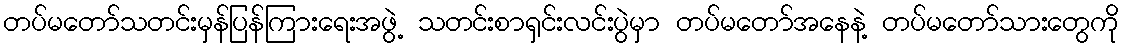
တပ်မတော်သတင်းမှန်ပြန်ကြားရေးအဖွဲ့ သတင်းစာရှင်းလင်းပွဲမှာ တပ်မတော်အနေနဲ့ တပ်မတော်သားတွေကို